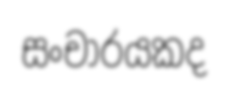
සංචාරයකද